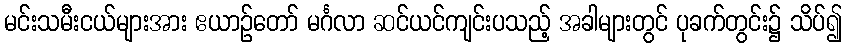
မင်းသမီးငယ်များအား ဧယာဉ်တော် မင်္ဂလာ ဆင်ယင်ကျင်းပသည့် အခါများတွင် ပုခက်တွင်း၌ သိပ်၍